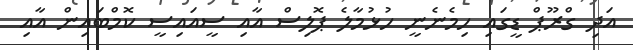
އަދި ގްރޫޕް ޑީގައި ހިމެނެނީ ހުޅުމާލެ ޕޮލިސް އާއި ސީއައިސީ ކޮމްބައިން އާއި